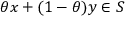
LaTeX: \theta x + ( 1 - \theta ) y \in S